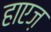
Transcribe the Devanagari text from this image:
हाएज़